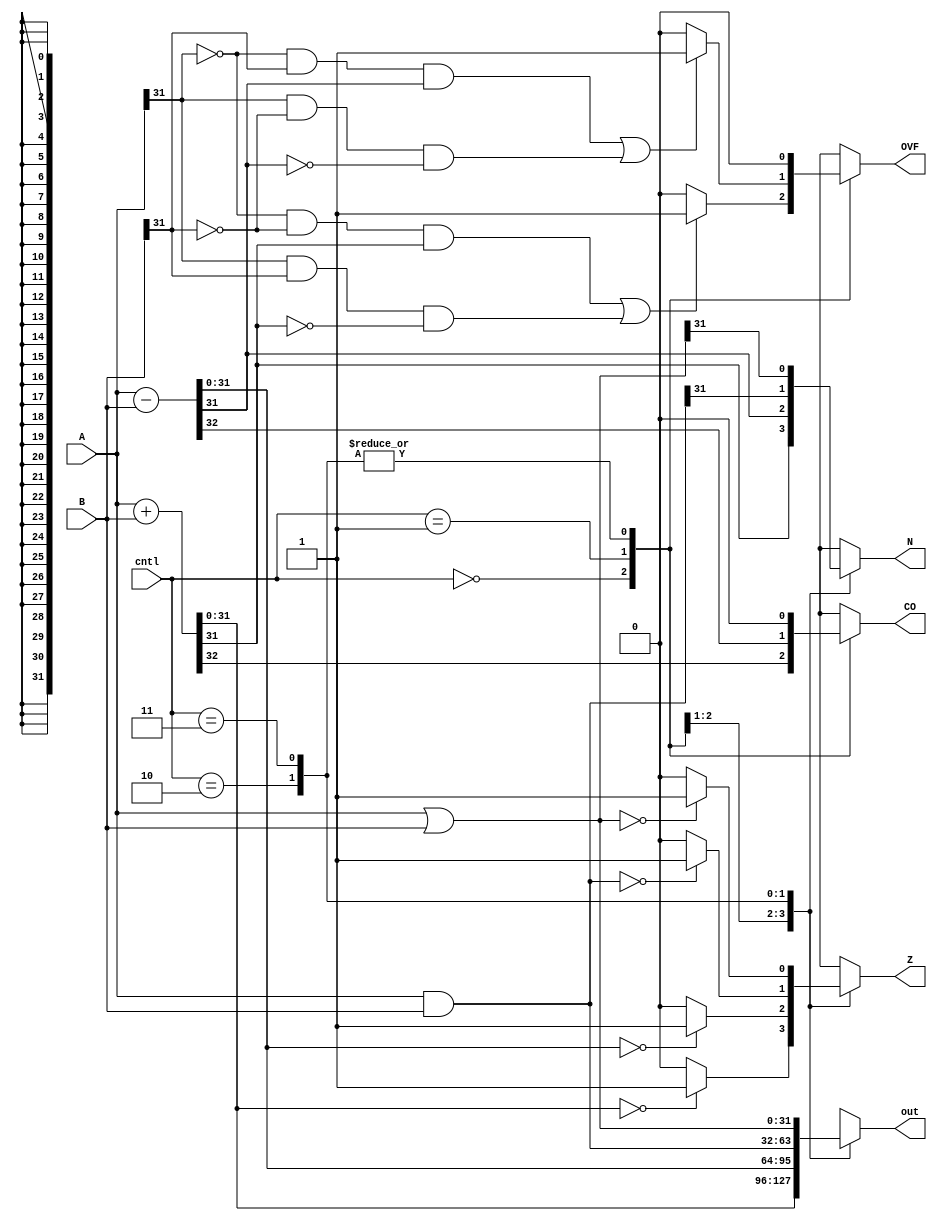
module alu #(parameter W=32) ( A, B, out, CO, OVF, N, Z, cntl);

	input [W-1:0] A, B;
	input [1:0] cntl;
	output reg [W-1:0] out;
	output reg CO, OVF, N, Z;
	
	
initial begin
	CO = 0;
	OVF = 0;
	N = 0;
	Z = 0;
end
	
always @(A, B, cntl) begin

	case(cntl)
	2'b00:	begin //add
		{CO,out} = A + B;
		N = out[W-1];
		if (out == 0)
			Z = 1;
		else 
			Z = 0;
		if ((A[W-1]==0&&B[W-1]==0&&out[W-1]==1)||(A[W-1]==1&&B[W-1]==1&&out[W-1]==0))
			OVF = 1;
		else
			OVF = 0;
	end
	2'b01:	begin //subtract A - B
		{CO,out} = A - B;
		N = out[W-1];
		if (out == 0)
			Z = 1;
		else 
			Z = 0;
		if ((A[W-1]==0&&B[W-1]==1&&out[W-1]==1)||(A[W-1]==1&&B[W-1]==0&&out[W-1]==0))
			OVF = 1;
		else
			OVF = 0;
	end
	
	2'b10:	begin //And
		out = A & B;
		N = out[W-1];
		if (out == 0)
			Z = 1;
		else 
			Z = 0;
		CO = 0;
		OVF = 0;
			
	end
	2'b11:	begin	//Or
		out = A | B;
		N = out[W-1];
		if (out == 0)
			Z = 1;
		else 
			Z = 0;
		CO = 0;
		OVF = 0;
	end
	default: begin //Default
		CO = 0;
		OVF = 0;
		N = 0;
		Z = 0;
	end
	endcase
	end
endmodule